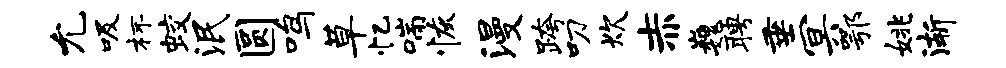
允吸杯蛟泯圆鸣草忆喘恢漫跨叨炊赤巍聘垂冥鄂姚渐